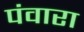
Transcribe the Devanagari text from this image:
पंवारा